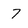
Character: 7